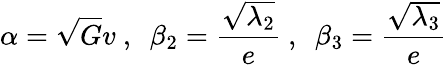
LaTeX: \alpha=\sqrt{G}v\ ,\ \ \beta_{2}=\frac{\sqrt{\lambda_{2}}}{e}\ ,\ \ \beta_{3}=\frac{\sqrt{\lambda_{3}}}{e}